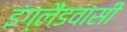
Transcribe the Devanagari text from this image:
इंग्लैंडवासी